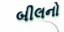
બીલનો